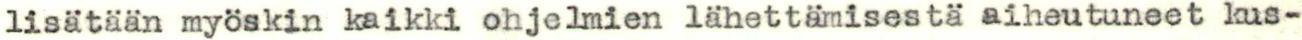
lisätään myöskin kaikki ohjelmien lähettämisestä aiheutuneet kus-